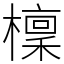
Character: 檁